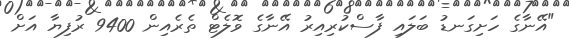
"އޭނާގެ ހަށިގަނޑު ބަލައި ފާސްކުރިއިރު އޭނާގެ ވޮލެޓް ތެރެއިން 9400 ރުފިޔާ އަށް